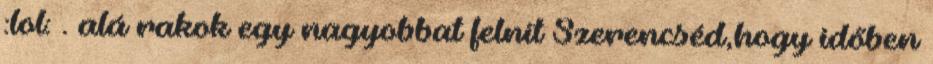
:lol: . alá rakok egy nagyobbat felnit Szerencséd,hogy időben